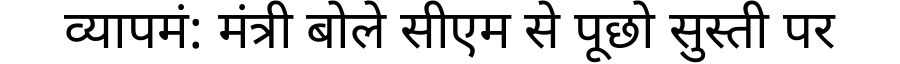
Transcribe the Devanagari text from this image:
व्यापमं: मंत्री बोले सीएम से पूछो सुस्ती पर